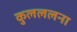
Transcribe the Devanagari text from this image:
कुलललना